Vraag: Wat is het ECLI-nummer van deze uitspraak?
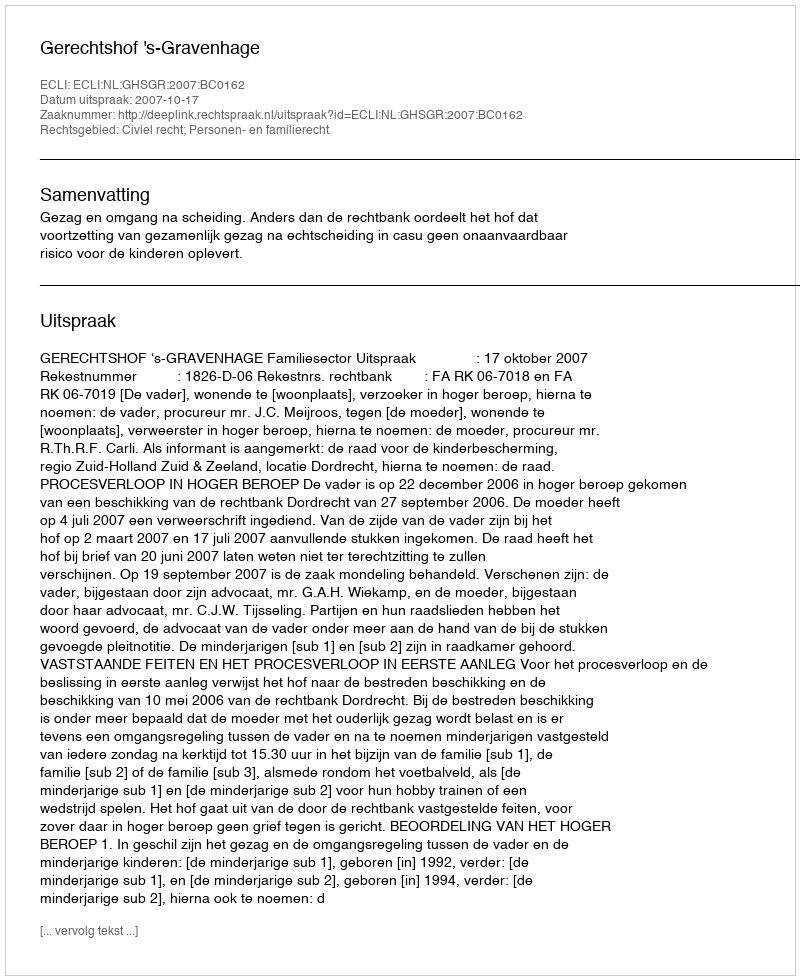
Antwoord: ECLI:NL:GHSGR:2007:BC0162